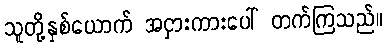
သူတို့နှစ်ယောက် အငှားကားပေါ် တက်ကြသည်။